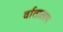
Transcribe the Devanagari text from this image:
र्वातालाप